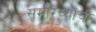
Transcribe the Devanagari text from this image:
समोरच्यांची